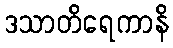
ဒသာတိရေကာနိ